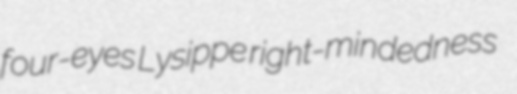
four-eyes Lysippe right-mindedness